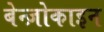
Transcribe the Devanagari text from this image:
बेन्ज़ोकाइन